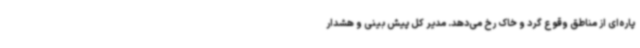
پاره‌ای از مناطق وقوع گرد و خاک رخ می‌دهد. مدیر کل پیش بینی و هشدار